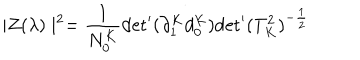
LaTeX: \mid Z ( \lambda ) \mid ^ { 2 } = \frac { 1 } { N _ { 0 } ^ { K } } { \det } ^ { \prime } ( \partial _ { 1 } ^ { K } d _ { 0 } ^ { K } ) { \det } ^ { \prime } ( T _ { K } ^ { 2 } ) ^ { - \frac { 1 } { 2 } }